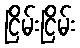
ငြိမ်းငြိမ်း